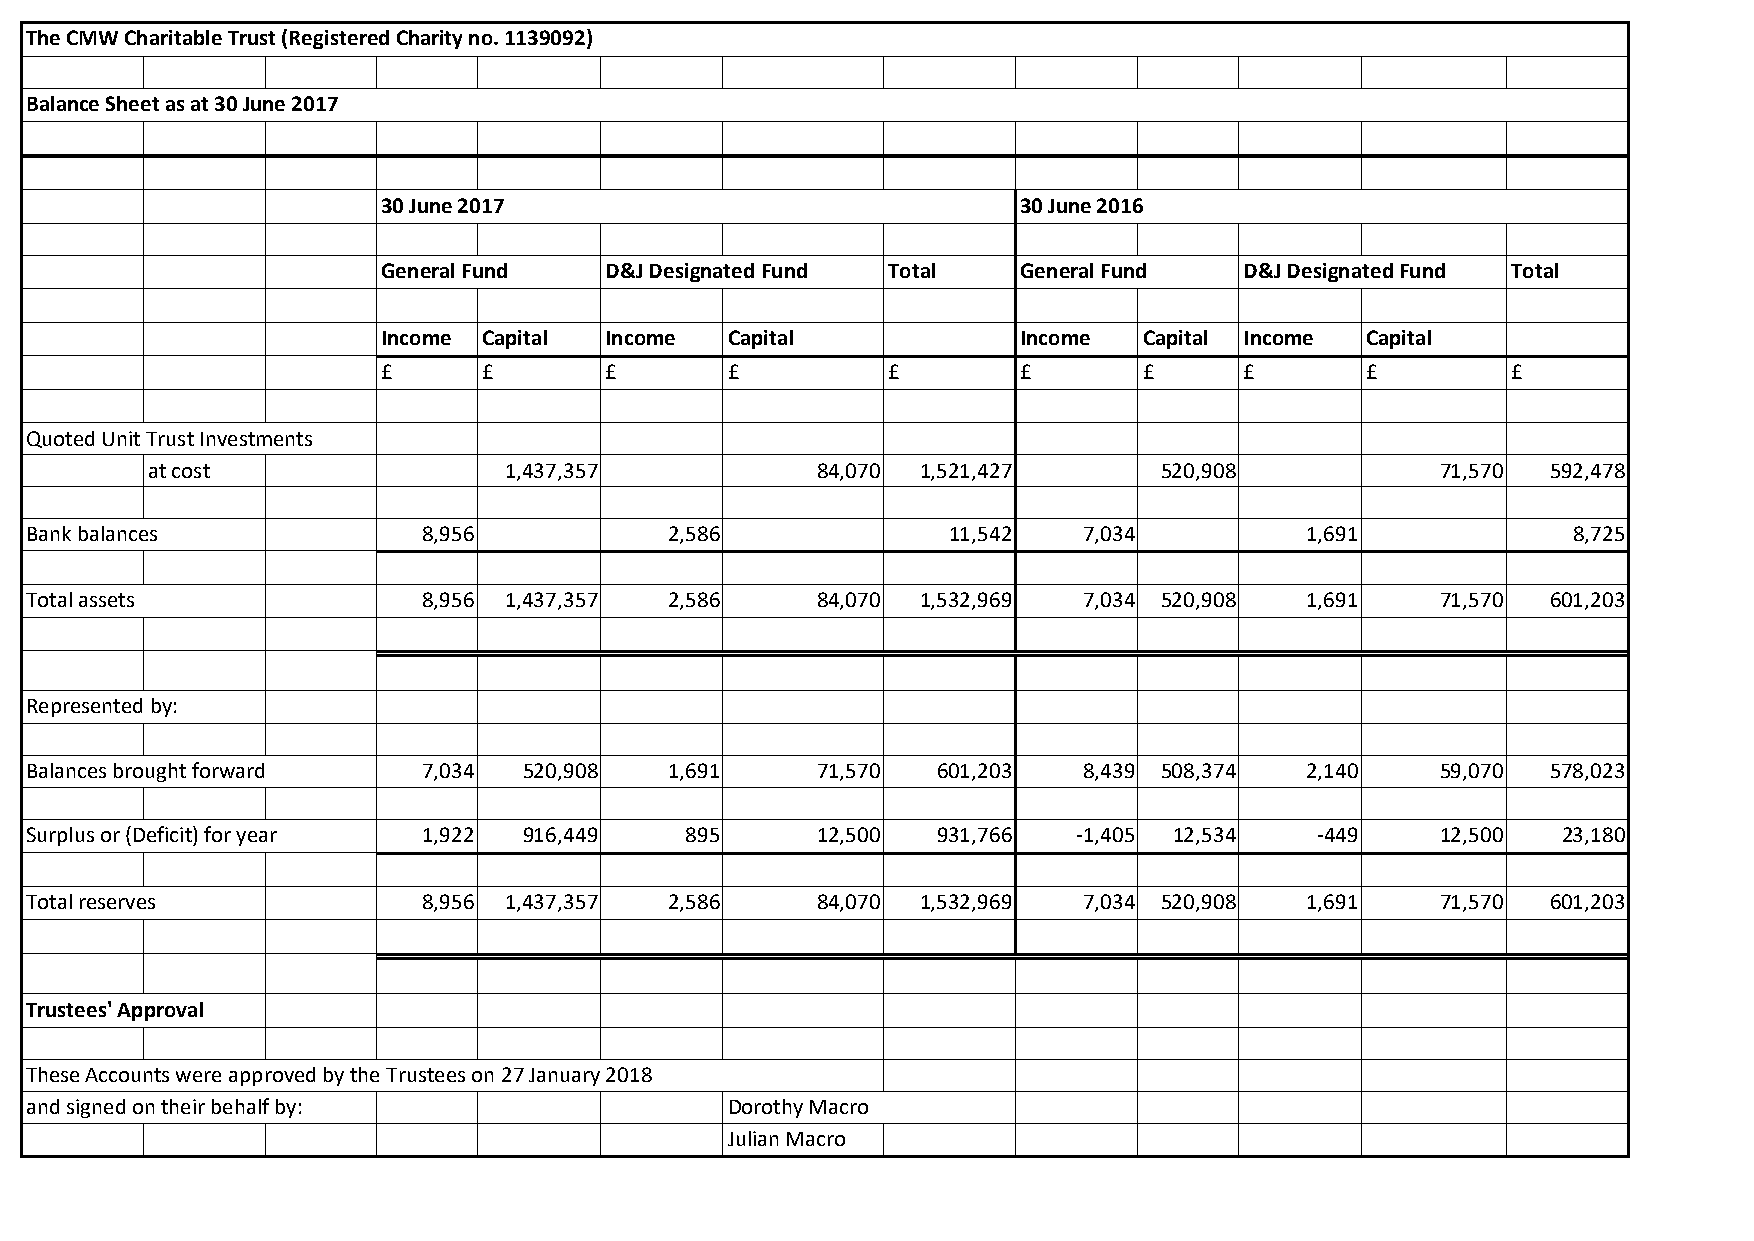
The CMW Charitable Trust (Registered Charity no. 1139092)
 Balance Sheet as at 30 June 2017
 30 June 2017                               30 June 2016
 General Fund   D&J Designated Fund Total   General Fund  D&J Designated Fund Total
 Income Capital Income  Capital             Income  Capital Income Capital
 £      £       £       £          £        £       £     £       £         £
 Quoted Unit Trust Investments
 at cost                1,437,357            84,070 1,521,427       520,908           71,570  592,478
 Bank balances             8,956           2,586              11,542   7,034         1,691             8,725
 Total assets              8,956 1,437,357 2,586     84,070 1,532,969  7,034 520,908 1,691    71,570  601,203
 Represented by:
 Balances brought forward  7,034  520,908  1,691     71,570  601,203   8,439 508,374 2,140    59,070  578,023
 Surplus or (Deficit) for year 1,922 916,449 895     12,500  931,766  -1,405 12,534   -449    12,500  23,180
 Total reserves            8,956 1,437,357 2,586     84,070 1,532,969  7,034 520,908 1,691    71,570  601,203
 Trustees' Approval
 These Accounts were approved by the Trustees on 27 January 2018
 and signed on their behalf by:                Dorothy Macro
 Julian Macro